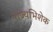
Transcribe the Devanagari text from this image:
राज्यभिशेक